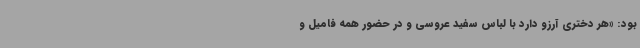
بود: «هر دختری آرزو دارد با لباس سفید عروسی و در حضور همه فامیل و